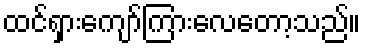
ထင်ရှားကျော်ကြားလေတော့သည်။